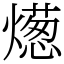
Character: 燪